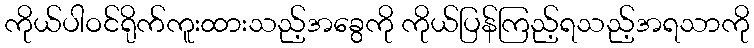
ကိုယ်ပါဝင်ရိုက်ကူးထားသည့်အခွေကို ကိုယ်ပြန်ကြည့်ရသည့်အရသာကို